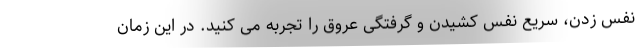
نفس زدن، سریع نفس کشیدن و گرفتگی عروق را تجربه می کنید. در این زمان